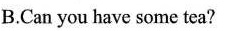
B.Can you have some tea?